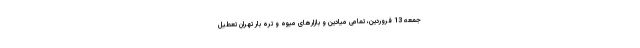
جمعه 13 فروردین، تمامی میادین و بازارهای میوه و تره بار تهران تعطیل